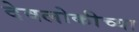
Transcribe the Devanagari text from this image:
देवलोकीच्या